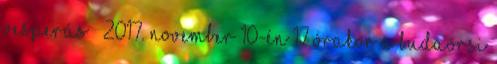
vesperás – 2017. november 10-én 17 órakor a Budaörsi